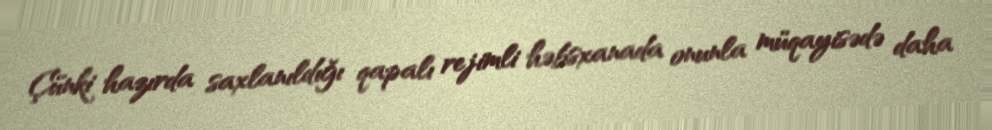
Çünki hazırda saxlanıldığı qapalı rejimli həbsxanada onunla müqayisədə daha